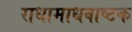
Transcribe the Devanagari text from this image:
राधामाधवाष्टक